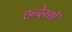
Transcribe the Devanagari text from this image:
हन्देरसों